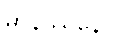
မာနဿိနော